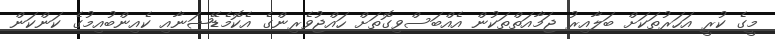
މީގެ ކުރީ އަހަރުތަކަށް ބަލާއިރު ޖަމާއަތްތަކުން އެއްބަސްވިގޮތަށް ހައްޖުވެރިންގެ އެކޮމެޑޭޝަނާއި ކެއިންބުއިމުގެ ކަންކަން